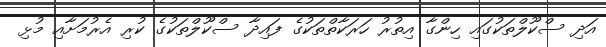
އަދި ސްކޫލްތަކުގައި ހިންގާ އިތުރު ހަރަކާތްތަކުގެ ފައިދާ ސްކޫލްތަކުގެ ކުރި އެރުމަށާއި މުޅި